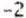
-2